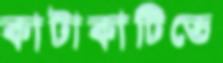
কাটাকাটিতে